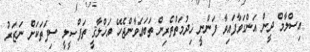
އިސްލާމް ދީން އަންގަވާފައިވާ ފަންނީ ޚިދުމަތްތެރިން ތަބަޢަވާންޖެހޭ އަޚްލާޤީ ތަފްޞީލީ ސިފަތަކަށް ނަޒަރު